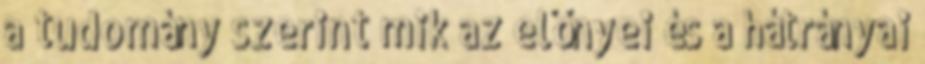
a tudomány szerint mik az előnyei és a hátrányai